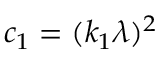
c _ { 1 } = ( k _ { 1 } \lambda ) ^ { 2 }